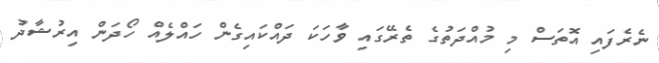
ނެރެފައި އޮތަސް މި މުއްދަތުގެ ތެރޭގައި ވާހަކަ ދައްކައިގެން ހައްލެއް ހޯދަން އިރުޝާދު